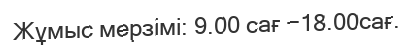
Жұмыс мерзімі: 9.00 сағ −18.00сағ.